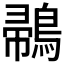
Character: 𪂪